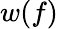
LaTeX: w(f)